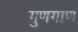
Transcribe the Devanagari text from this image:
गुणगाण